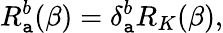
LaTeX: R_{\mathtt{a}}^{b}(\beta)=\delta_{\mathtt{a}}^{b}R_{K}(\beta),